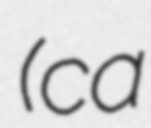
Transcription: (ca